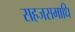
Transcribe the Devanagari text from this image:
सहजसमाधि